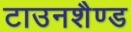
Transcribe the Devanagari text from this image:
टाउनशैण्ड